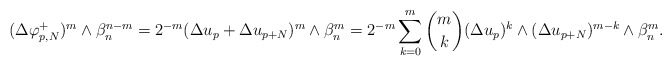
\begin{align*} \begin{aligned}(\Delta \varphi_{p,N}^{+})^m\wedge\beta_n^{n-m}=2^{-m}(\Delta u_p+\Delta u_{p+N})^m\wedge\beta_n^m=2^{-m}\sum\limits_{k=0}^m \binom mk(\Delta u_p)^k\wedge(\Delta u_{p+N})^{m-k}\wedge\beta_n^m.\end{aligned} \end{align*}